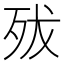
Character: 𣧧